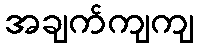
အချက်ကျကျ